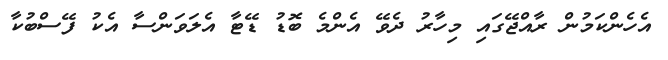
އެހެންކަމުން ރާއްޖޭގައި މިހާރު ދެވޭ އެންމެ ބޮޑު ޑޭޓާ އެލަވަންސާ އެކު ފޭސްބުކާ